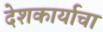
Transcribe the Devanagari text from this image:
देशकार्याचा